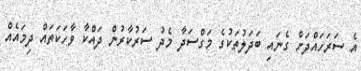
އެ ސަރަހައްދަށް ގެނައި ބަދަލުތަކުގެ މަގްސަދާ މެދު ސަރުކާރުން ދައްކާ ވާހަކަތައް ދިމައެއް